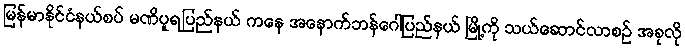
မြန်မာနိုင်ငံနယ်စပ် မဏိပူရပြည်နယ် ကနေ အနောက်ဘန်ဂေါပြည်နယ် မြို့ကို သယ်ဆောင်လာစဉ် အခုလို